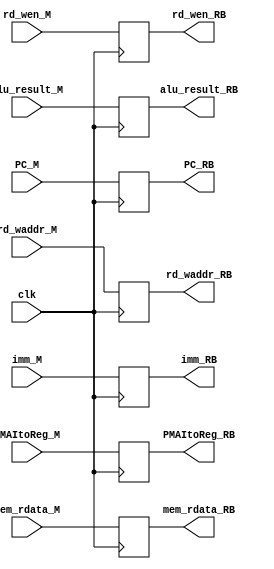
module M_RB(
    input clk,
    input [1:0] PMAItoReg_M,
    input rd_wen_M,

    input [31:0] imm_M,
    input [31:0] mem_rdata_M,

    input [31:0] alu_result_M,
    input [31:0] PC_M,
    input [4:0] rd_waddr_M,

    output reg [1:0] PMAItoReg_RB,
    output reg rd_wen_RB,

    output reg [31:0] imm_RB,
    output reg [31:0] mem_rdata_RB,

    output reg [31:0] alu_result_RB,
    output reg [31:0] PC_RB,
    output reg [4:0] rd_waddr_RB
);

    always@(posedge clk) begin
        PMAItoReg_RB <= PMAItoReg_M;
        rd_wen_RB <= rd_wen_M;
        imm_RB <= imm_M;
        mem_rdata_RB <= mem_rdata_M;
        alu_result_RB <= alu_result_M;
        PC_RB <= PC_M;
        rd_waddr_RB <= rd_waddr_M;
    end

endmodule